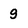
Character: g